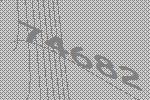
74682